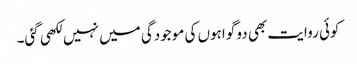
کوئی روایت بھی دو گواہوں کی موجودگی میں نہیں لکھی گئی۔